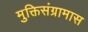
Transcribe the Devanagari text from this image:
मुक्तिसंग्रामास